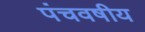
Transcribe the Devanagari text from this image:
पंचवषीय